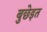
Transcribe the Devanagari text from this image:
बुछेइत